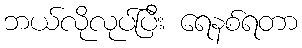
ဘယ်လိုလုပ်ပြီး ရေနစ်ရတာ